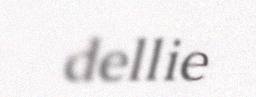
dellie